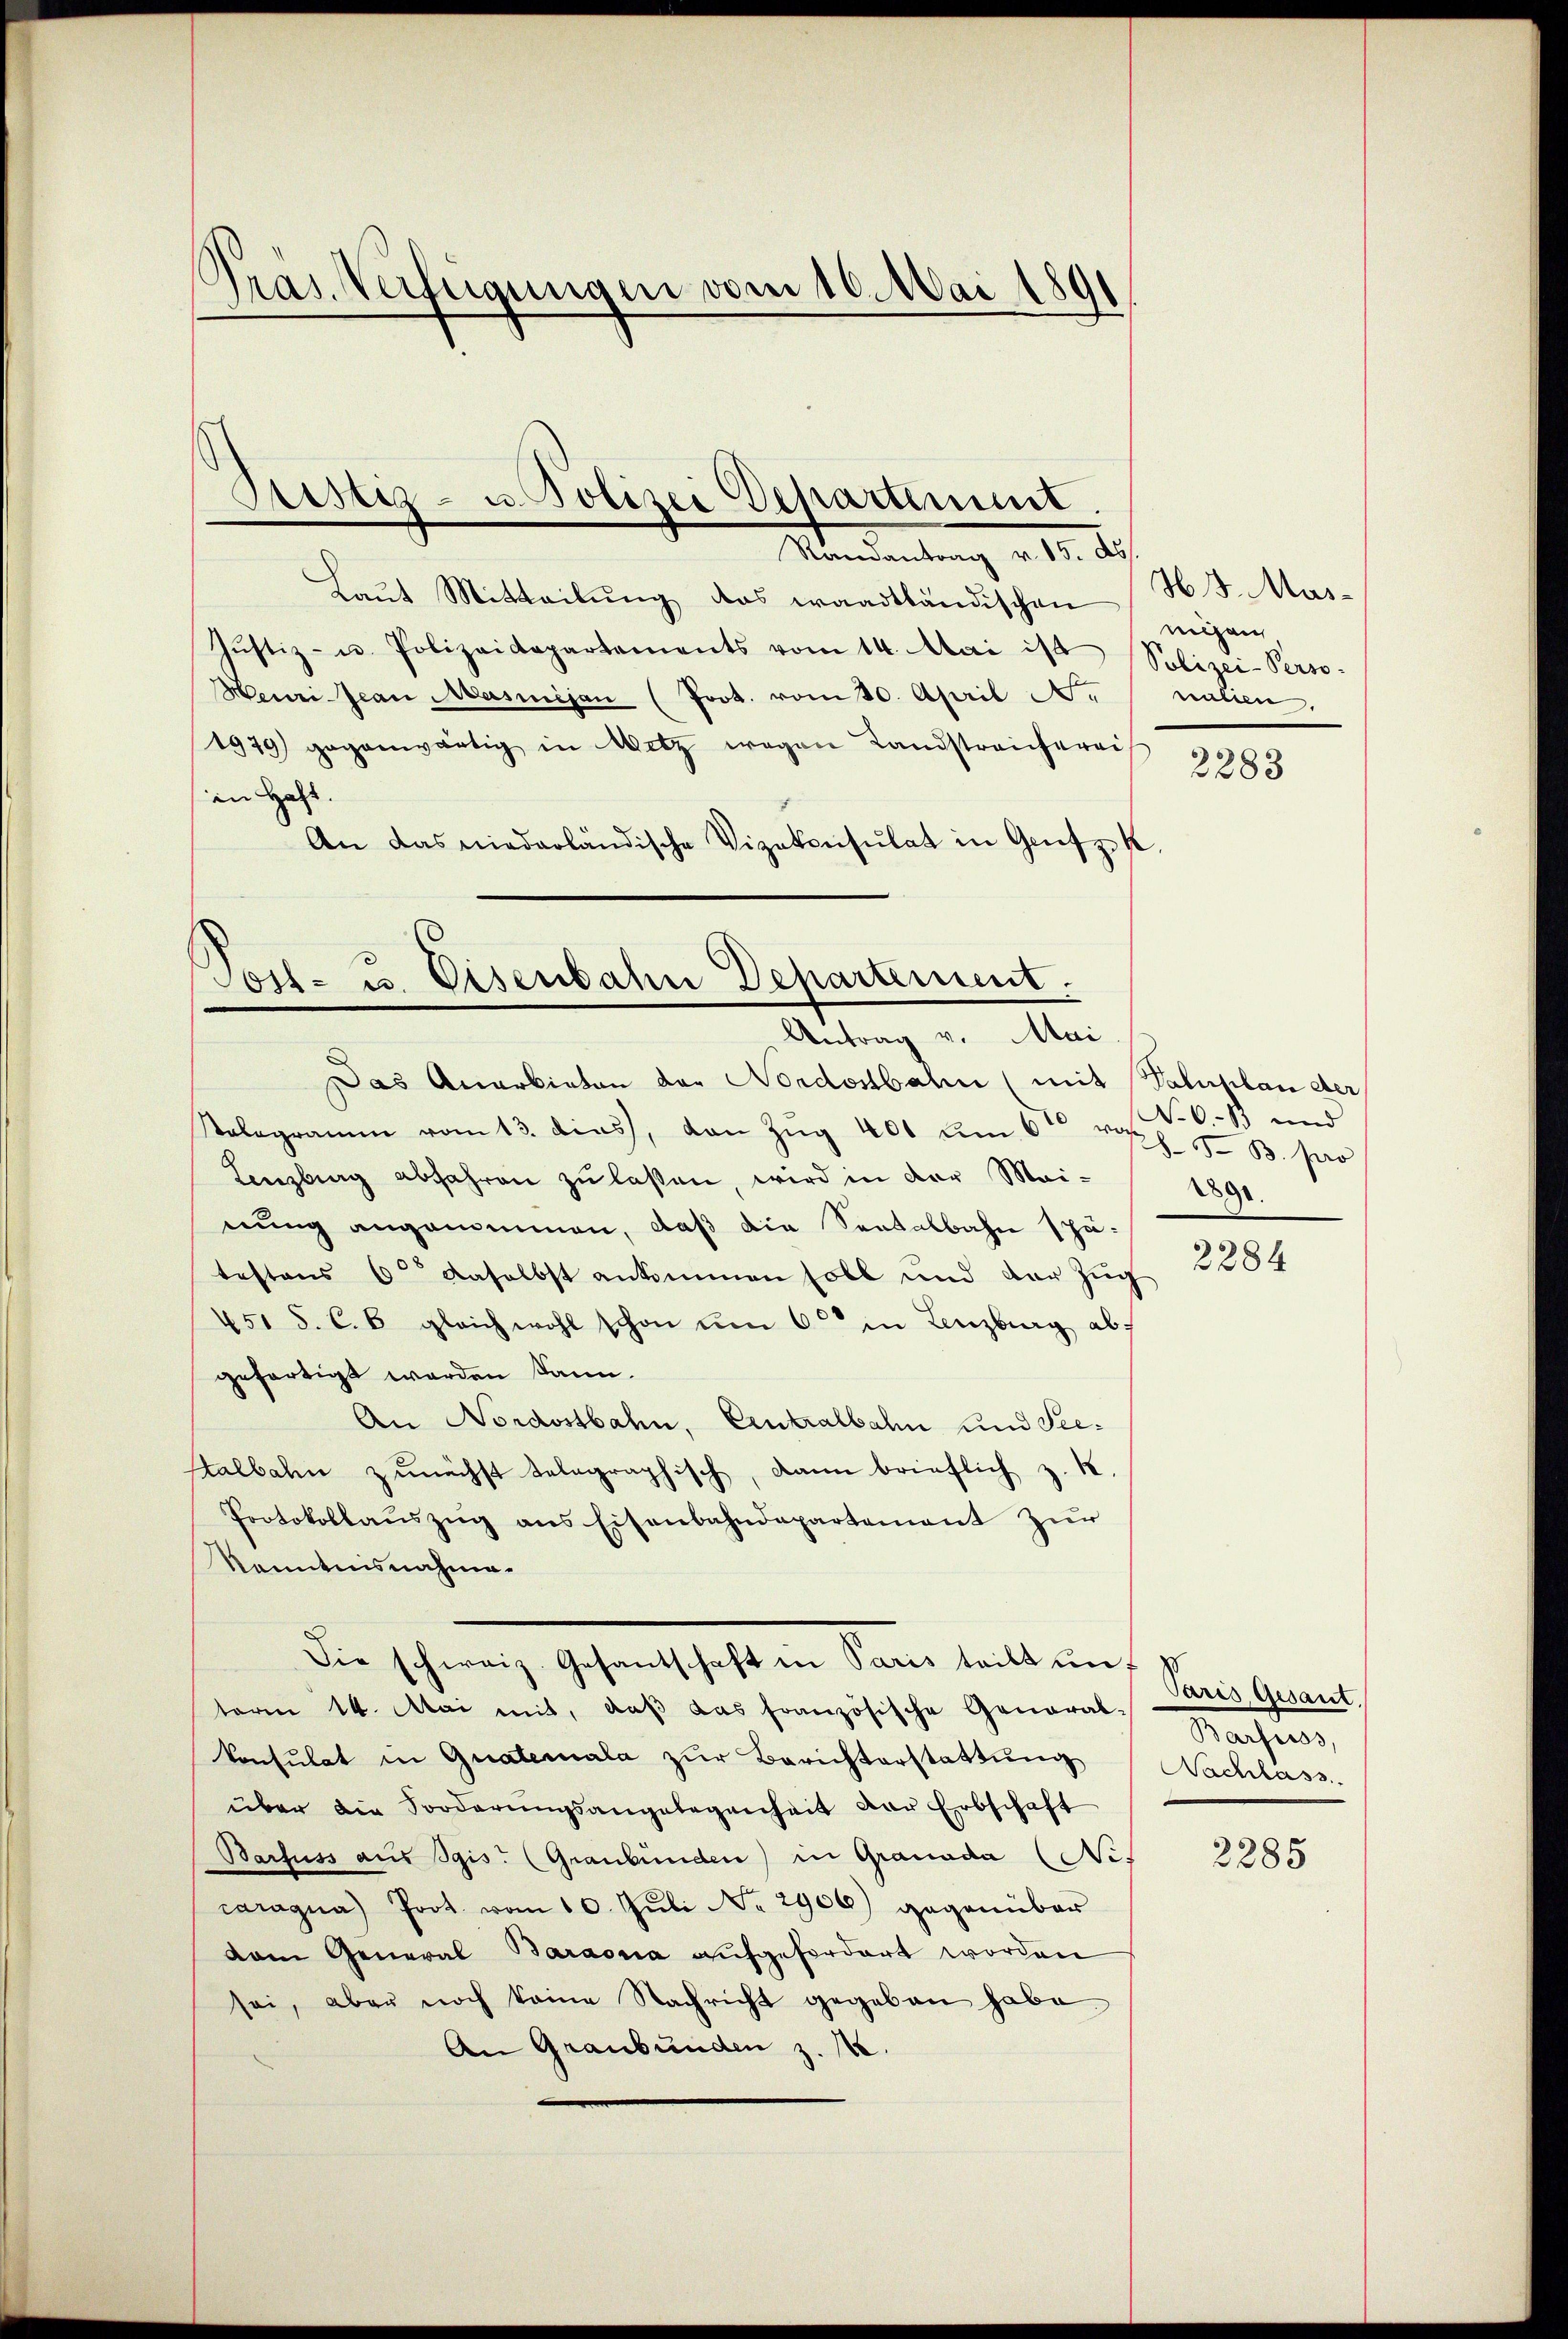
Pras. Verfügungen vom 10. Mai 1891

Laut Mitteilung das waadtländischen mögen,
Jŭstiz- u. Polizeidepartements vom 14. Mai ist Polizei-Perso-
Heuri-Jean Masiijan (Prot. vom 30. April N.
1929 gegenwärtig in Metz wegen Landstreicherei
in Heft.
An das niederländische Vizekonsulat in Grütz K.

Ptistiz- u. Polizei Departement.
Randantrag v. 15. ds

Tost- u. Eisenbahn Departement.
Antrag v. Mai
Das Anarbieten der Nordostbahn (mit Valuhlan der

Ralogramm vom 13. dies, von Zŭg 401 um 6 roph. 5. B. pro
Lenzburg abfahren zu laßen, wird in der Mai-
nung angenommen, daß die Sentalbahn spä-
testens 6 daselbst ankommen soll und der Zug
451 S. C. b gleichwohl schon um 6 in Lenzburg abs
gefertigt worden kann.
An Nordostbahn, Eintralbahn und See¬
Htalbahn zunächst telegraphisch, dann brieflich z. K.
Protokollaŭszŭg ans Eisenbahndepartement zur
Kenntnisnahme.
Die schweiz. Gesantschaft in Paris teilt unt
term 14. Mai mit, daβ das französische General-
konsulat in Quatemala zŭr Berichterstattŭng
über die Sorderŭngsangelegenheit der Erbschaft
Barfuss aus Sgis. (Graubünden) in Granada (Ni-
caragna) Prot. vom 10. Juli No 2906) gegenüber
van General Baraona aufgefordert worden
sei, aber noch keine Nachricht gegeben habe.
An Graubünden z. B.

H 8. Masnalien.

2283

No. 6. 13 und
2890.

2284

Paris Gesant
Barfuss,
Nachlass

2285